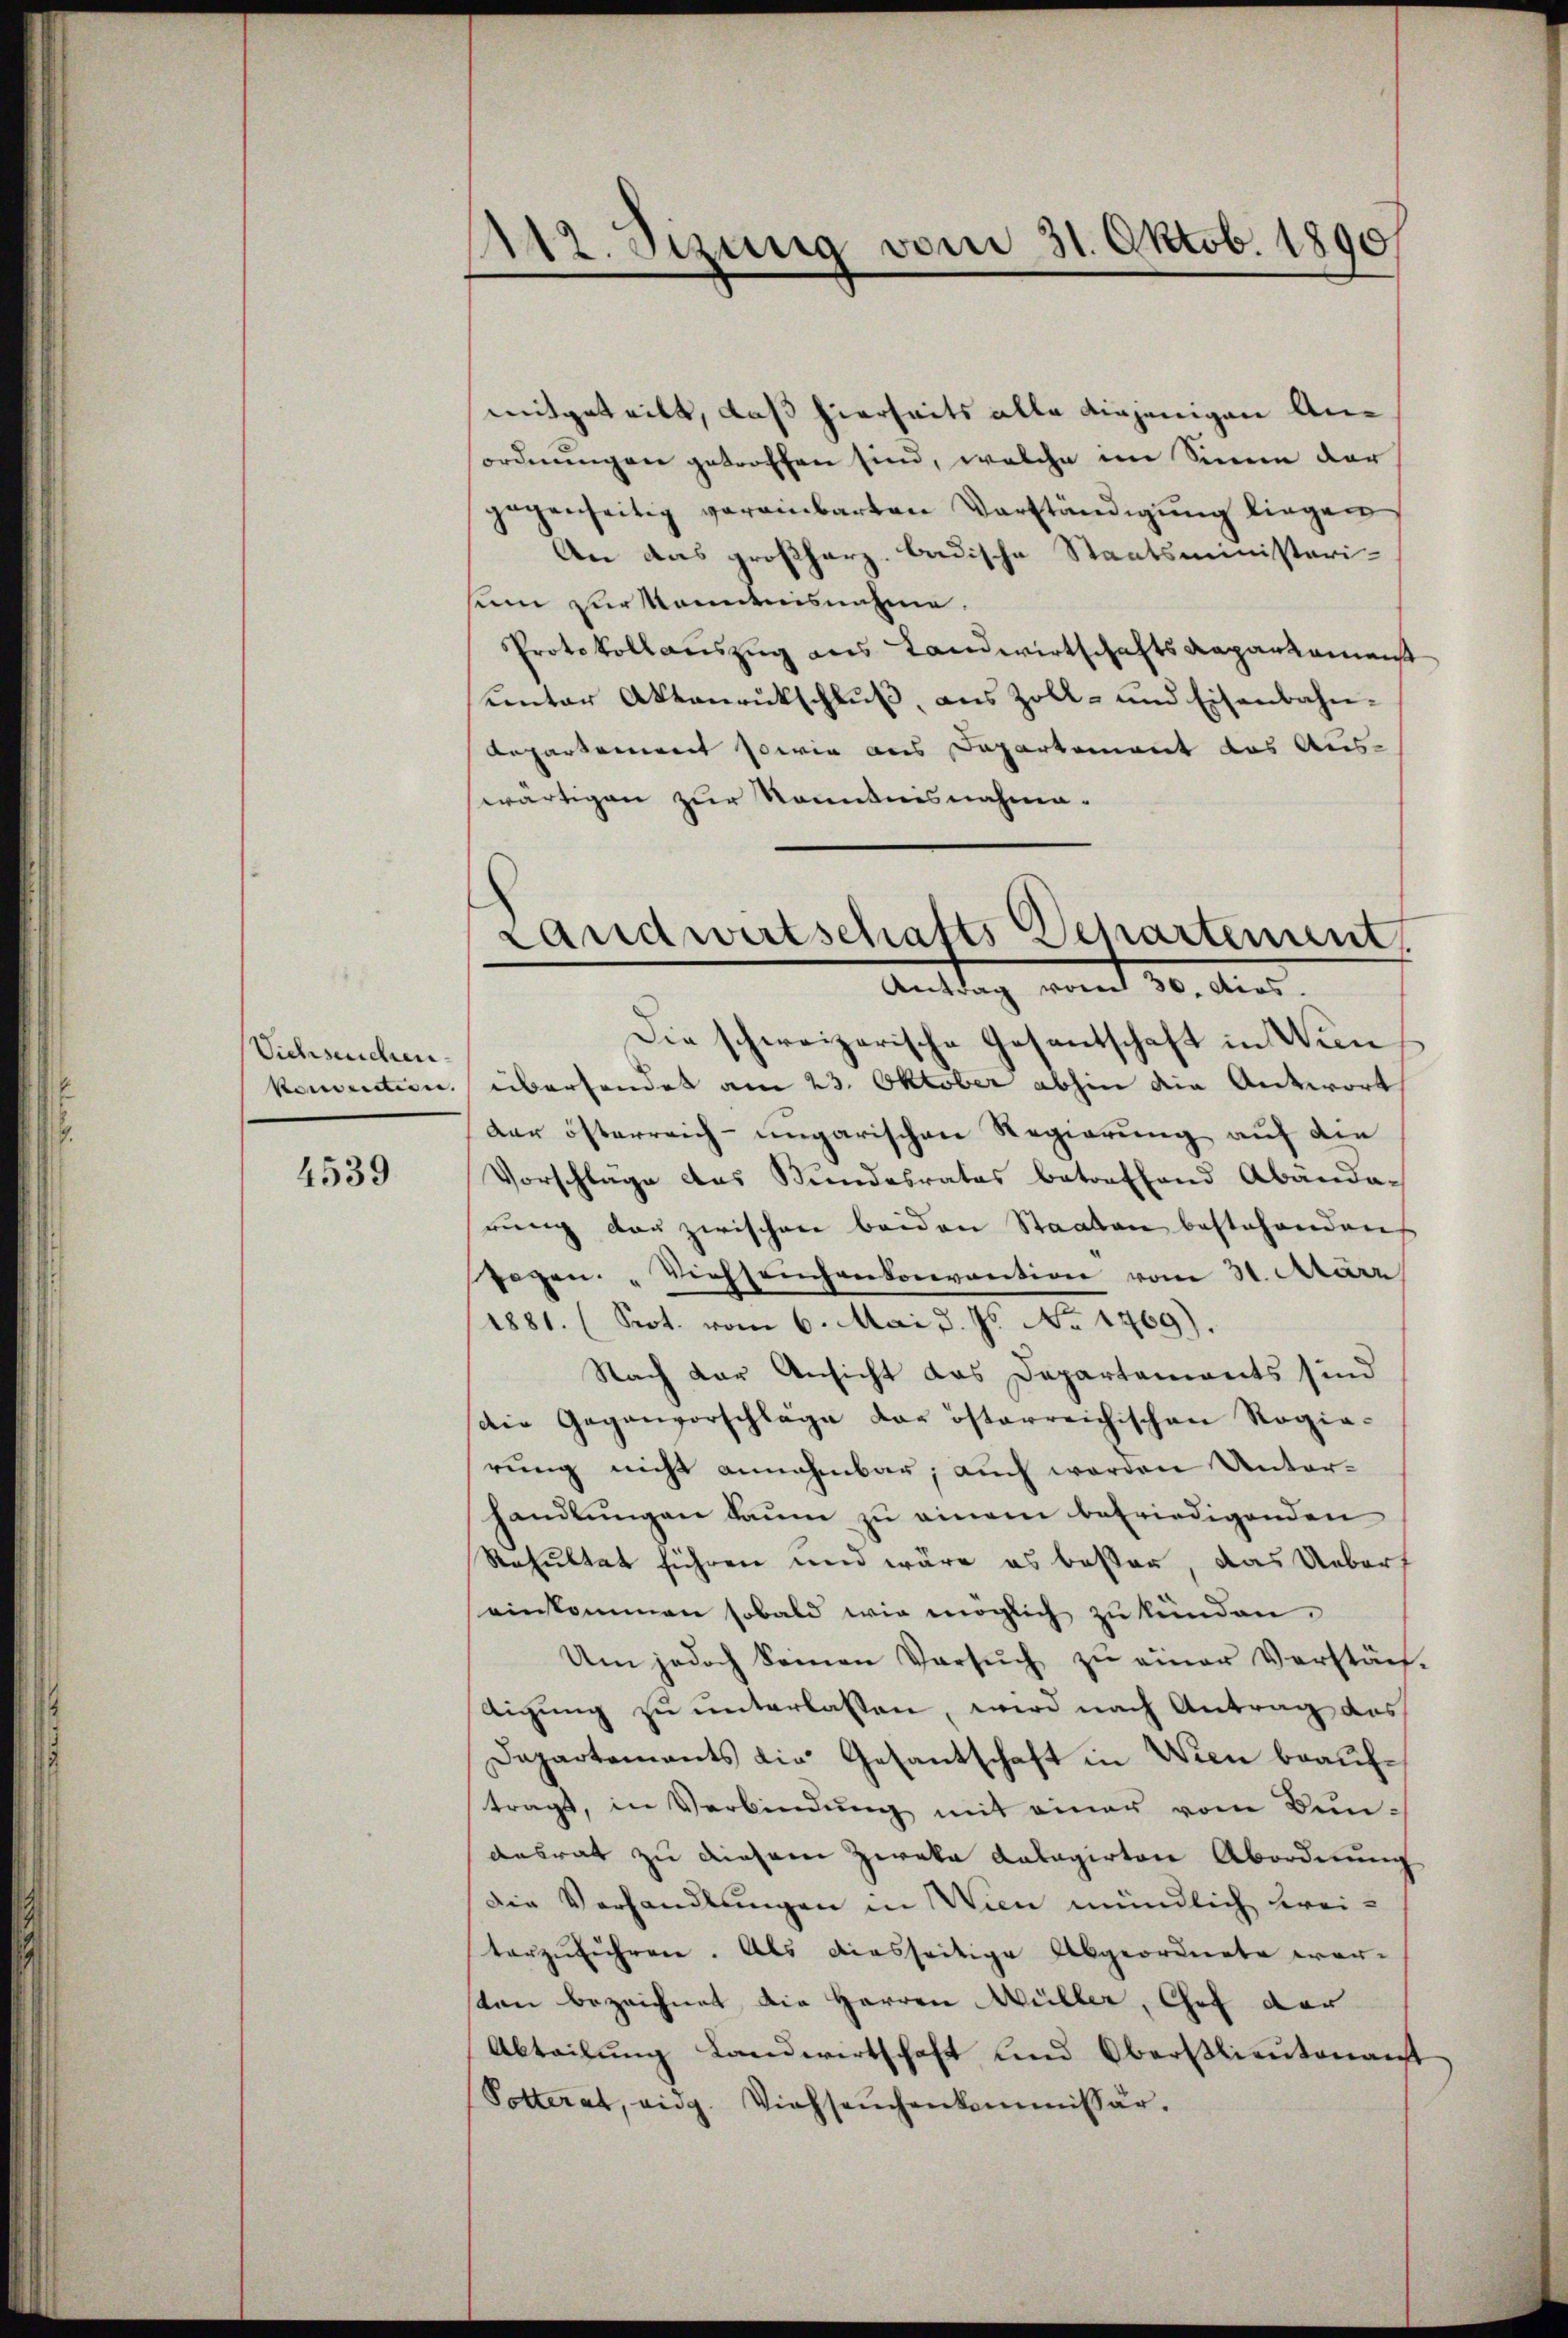
Viehseuchen.

4539

112. Sizung vom 31. Oktob. 1890

mitgeteilt, daß hierseits alle diejenigen Anordnŭngen getroffen sind, welche im Sinne dar
gegenseitig vereinbarten Vorständigŭng liegen
An das großherz- badische Staatsministeri-
sinn zur kanntnisnahme.
Protokollauszug aus Landwirtschafts Repartement
unter Aktenrückschluß, aus Zoll- und Eisenbahn-
Repartement sowie aus Departement das Auswärtigen zur Kenntnisnahma¬
Die schweizerische Gesantschaft in Wunkonvention, übersendet am 23. Oktober abhin die Antwort
der österreich-ungarischen Regierung auf die
Vorschläge das Bundesrates betreffend Abända-
rung der zwischen beiden Staaten bestehenden
sagen. " Viehseuchenkonvention vom 31. März
1881. (Prot. vom 6. Mai d. Js. No 1769).
Nach der Ansicht das Departements sind
die Gegenvorschläge der österreichischen Regierung nicht annehmbar; auch werden Unterhandlungen kaum zu einem befriedigenden
Resultat führen und wäre es besser, das Uebert
einkommen sobald wie möglich zukünden.
Um jedoch keinen Versŭch zŭ einer Verstäch
tigung zu unterlassen, wird nach Antrag des
Dapartements die Gesantschaft in Wien beauftragt, in Verbindŭng mit einer vom Bun-
ansrat zu diesem Zweka Kalagirten Abordnung
Die Verhandlungen in Wien mündlich kreiterzŭführen. Als diesseitige Abgeordnete wersten bezeichnet die Herren Müller, Chef der
Abteilung Landwirtschaft und Oberstlieutenant
Potterat, eidg. Viehseuchenkommissär.

Landwirtschafts Departement.
Antrag vom 30. dies